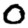
Digit: 0